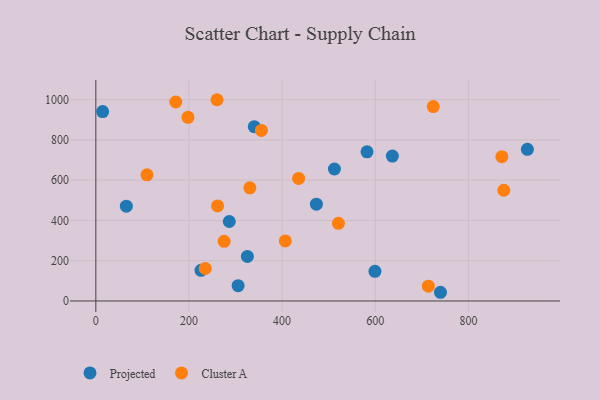
{"axis": {"x": "Study Hours", "y": "Rating"}, "legend": ["Cluster A", "Projected"], "data": [{"x": "599.3", "y": 147.4, "type": "Projected"}, {"x": "14.6", "y": 940.5, "type": "Projected"}, {"x": "286.5", "y": 394.6, "type": "Projected"}, {"x": "926.6", "y": 753.1, "type": "Projected"}, {"x": "740.0", "y": 43.2, "type": "Projected"}, {"x": "512.3", "y": 655.5, "type": "Projected"}, {"x": "636.7", "y": 719.4, "type": "Projected"}, {"x": "582.3", "y": 740.9, "type": "Projected"}, {"x": "225.8", "y": 152.3, "type": "Projected"}, {"x": "325.4", "y": 221.0, "type": "Projected"}, {"x": "65.5", "y": 470.6, "type": "Projected"}, {"x": "340.2", "y": 865.4, "type": "Projected"}, {"x": "305.5", "y": 76.0, "type": "Projected"}, {"x": "473.6", "y": 480.7, "type": "Projected"}, {"x": "260.2", "y": 999.4, "type": "Cluster A"}, {"x": "876.0", "y": 549.8, "type": "Cluster A"}, {"x": "724.5", "y": 965.2, "type": "Cluster A"}, {"x": "234.9", "y": 161.3, "type": "Cluster A"}, {"x": "197.8", "y": 911.9, "type": "Cluster A"}, {"x": "275.5", "y": 296.1, "type": "Cluster A"}, {"x": "330.7", "y": 562.0, "type": "Cluster A"}, {"x": "406.9", "y": 298.4, "type": "Cluster A"}, {"x": "714.0", "y": 73.3, "type": "Cluster A"}, {"x": "355.5", "y": 846.7, "type": "Cluster A"}, {"x": "171.6", "y": 988.0, "type": "Cluster A"}, {"x": "109.9", "y": 626.3, "type": "Cluster A"}, {"x": "871.8", "y": 716.6, "type": "Cluster A"}, {"x": "435.4", "y": 608.4, "type": "Cluster A"}, {"x": "520.9", "y": 385.6, "type": "Cluster A"}, {"x": "261.4", "y": 472.1, "type": "Cluster A"}]}